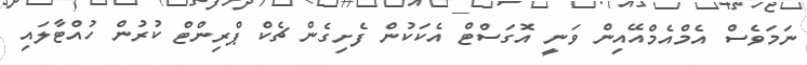
ނަމަވެސް އެމްއެމްއޭއިން ވަނީ އޮގަސްޓް އެކަކުން ފެށިގެން ޗެކް ޕްރިންޓް ކުރުން ހުއްޓާލައި